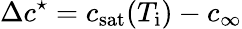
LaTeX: \Delta c^{\star}=c_{\mathrm{sat}}(T_{\mathrm{i}})-c_{\infty}